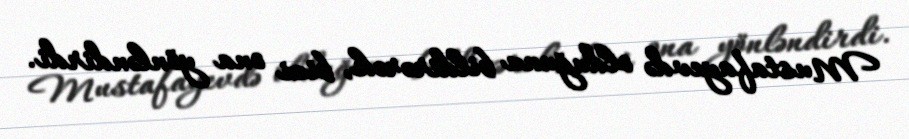
Mustafayevdə olduğunu bildirərək, bizi ona yönləndirdi.